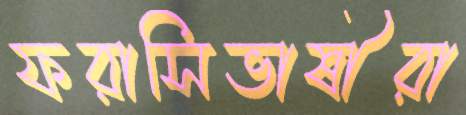
ফরাসিভাষীরা